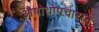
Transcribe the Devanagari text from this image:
औषोधोपचाराने